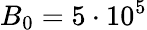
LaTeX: B_{0}=5\cdot 10^{5}